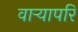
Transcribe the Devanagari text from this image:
वाऱ्यापरि